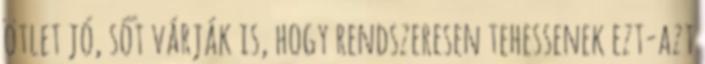
ötlet jó, sőt várják is, hogy rendszeresen tehessenek ezt-azt